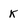
Character: K